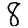
Digit: 8